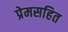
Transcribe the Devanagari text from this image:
प्रेमसहित